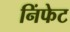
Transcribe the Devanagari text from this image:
निंफेट